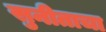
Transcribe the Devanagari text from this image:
सुनीताचा